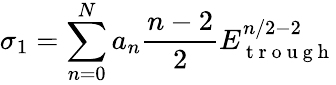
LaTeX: \sigma_{1}=\sum_{n=0}^{N}a_{n}\frac{n-2}{2}E_{\mathrm{~t~r~o~u~g~h~}}^{n/2-2}